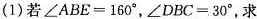
(1)若$$∠ A B E = 1 6 0 °$$，$$∠ D B C = 3 0 °$$，求